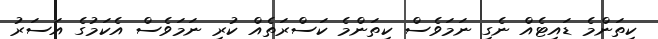
ކިތަންމެ ޑައިޓެއް ނެގި ނަމަވެސް ކިތަންމެ ކަސްރަތެއް ކުރި ނަމަވެސް އެކަމުގެ އަސަރު